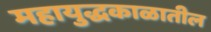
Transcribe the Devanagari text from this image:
महायुद्धकाळातील